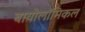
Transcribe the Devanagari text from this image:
बायोलॉमिकल